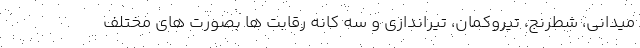
میدانی، شطرنج، تیرو‌کمان، تیراندازی و سه کانه رقابت ها بصورت های مختلف